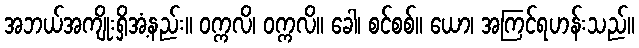
အဘယ်အကျိုးရှိအံ့နည်း။ ဝက္ကလိ၊ ဝက္ကလိ။ ခေါ၊ စင်စစ်။ ယော၊ အကြင်ရဟန်းသည်။